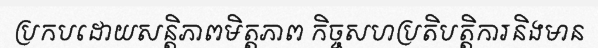
ប្រកបដោយសន្តិភាពមិត្តភាព កិច្ចសហប្រតិបត្តិការនិងមាន